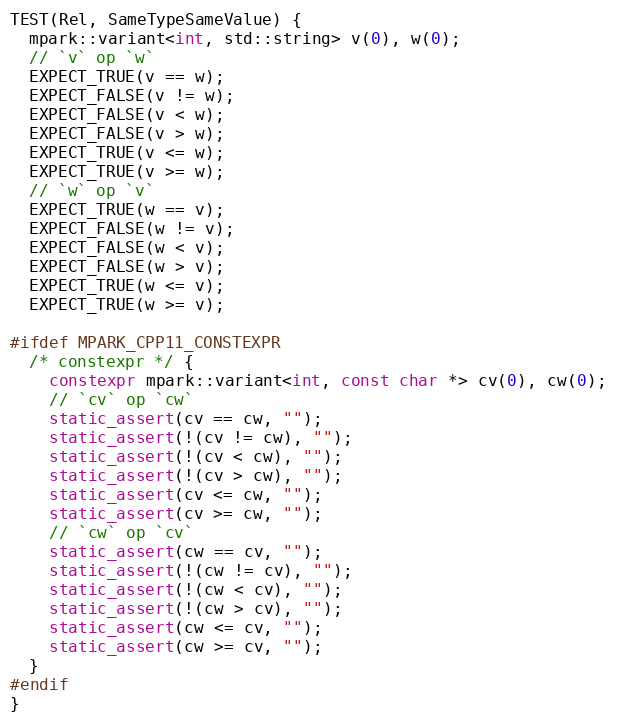
Language: C++
TEST(Rel, SameTypeSameValue) {
  mpark::variant<int, std::string> v(0), w(0);
  // `v` op `w`
  EXPECT_TRUE(v == w);
  EXPECT_FALSE(v != w);
  EXPECT_FALSE(v < w);
  EXPECT_FALSE(v > w);
  EXPECT_TRUE(v <= w);
  EXPECT_TRUE(v >= w);
  // `w` op `v`
  EXPECT_TRUE(w == v);
  EXPECT_FALSE(w != v);
  EXPECT_FALSE(w < v);
  EXPECT_FALSE(w > v);
  EXPECT_TRUE(w <= v);
  EXPECT_TRUE(w >= v);

#ifdef MPARK_CPP11_CONSTEXPR
  /* constexpr */ {
    constexpr mpark::variant<int, const char *> cv(0), cw(0);
    // `cv` op `cw`
    static_assert(cv == cw, "");
    static_assert(!(cv != cw), "");
    static_assert(!(cv < cw), "");
    static_assert(!(cv > cw), "");
    static_assert(cv <= cw, "");
    static_assert(cv >= cw, "");
    // `cw` op `cv`
    static_assert(cw == cv, "");
    static_assert(!(cw != cv), "");
    static_assert(!(cw < cv), "");
    static_assert(!(cw > cv), "");
    static_assert(cw <= cv, "");
    static_assert(cw >= cv, "");
  }
#endif
}